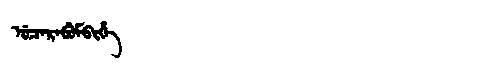
Manchu: ᡠᠴᠠᡵᠠᠪᡠᠮᠪᡳᡥᡝ
Romanization: UCARABUMBIHE